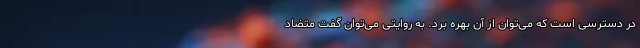
در دسترسی است که می‌توان از آن بهره برد. به روایتی می‌توان گفت متضاد